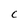
Character: C